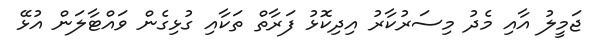
ޖަމީލު އާއި މެދު މިސަރުކާރު އިދިކޮޅު ފަރާތް ތަކާއި ގުޅިގެން ވައްޓާލަން އުޅޭ